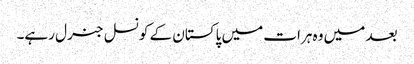
بعد میں وہ ہرات میں پاکستان کے کونسل جنرل رہے۔